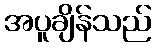
အပူချိန်သည်